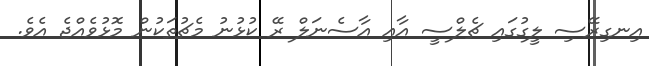
އިނގިރޭސި ލީގުގައި ޗެލްސީ އާއި އާސެނަލް ރޭ ކުޅުނު މެޗުތަކުން މޮޅުވެއްޖެ އެވެ.